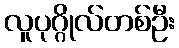
လူပုဂ္ဂိုလ်တစ်ဦး